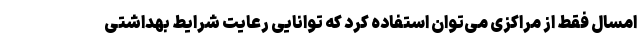
امسال فقط از مراکزی می‌توان استفاده کرد که توانایی رعایت شرایط بهداشتی